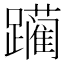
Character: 躏